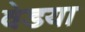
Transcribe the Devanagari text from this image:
वेडया